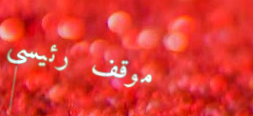
موقف رئيسي